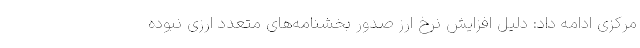
مرکزی ادامه داد: دلیل افزایش نرخ ارز صدور بخشنامه‌های متعدد ارزی نبوده